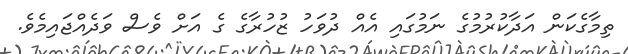
ތިމާގެކަން އަދާކުރުމުގެ ނަމުގައި އެއް ދުވަހު ޒުހުރާގެ ގެ އަށް ވެސް ވަދެއްޖައިމެވެ.